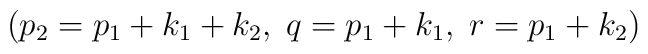
\left(p_2=p_1+k_1+k_2,\;q=p_1+k_1,\;r=p_1+k_2 \right)